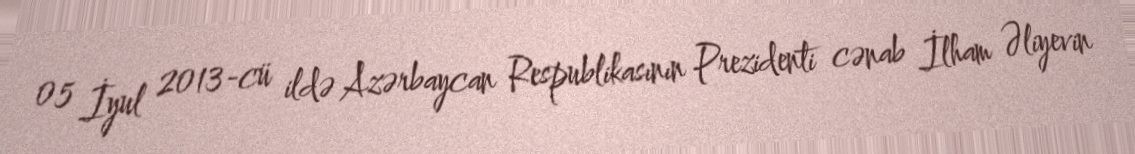
05 İyul 2013-cü ildə Azərbaycan Respublikasının Prezidenti cənab İlham Əliyevin